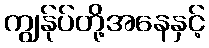
ကျွန်ုပ်တို့အနေနှင့်